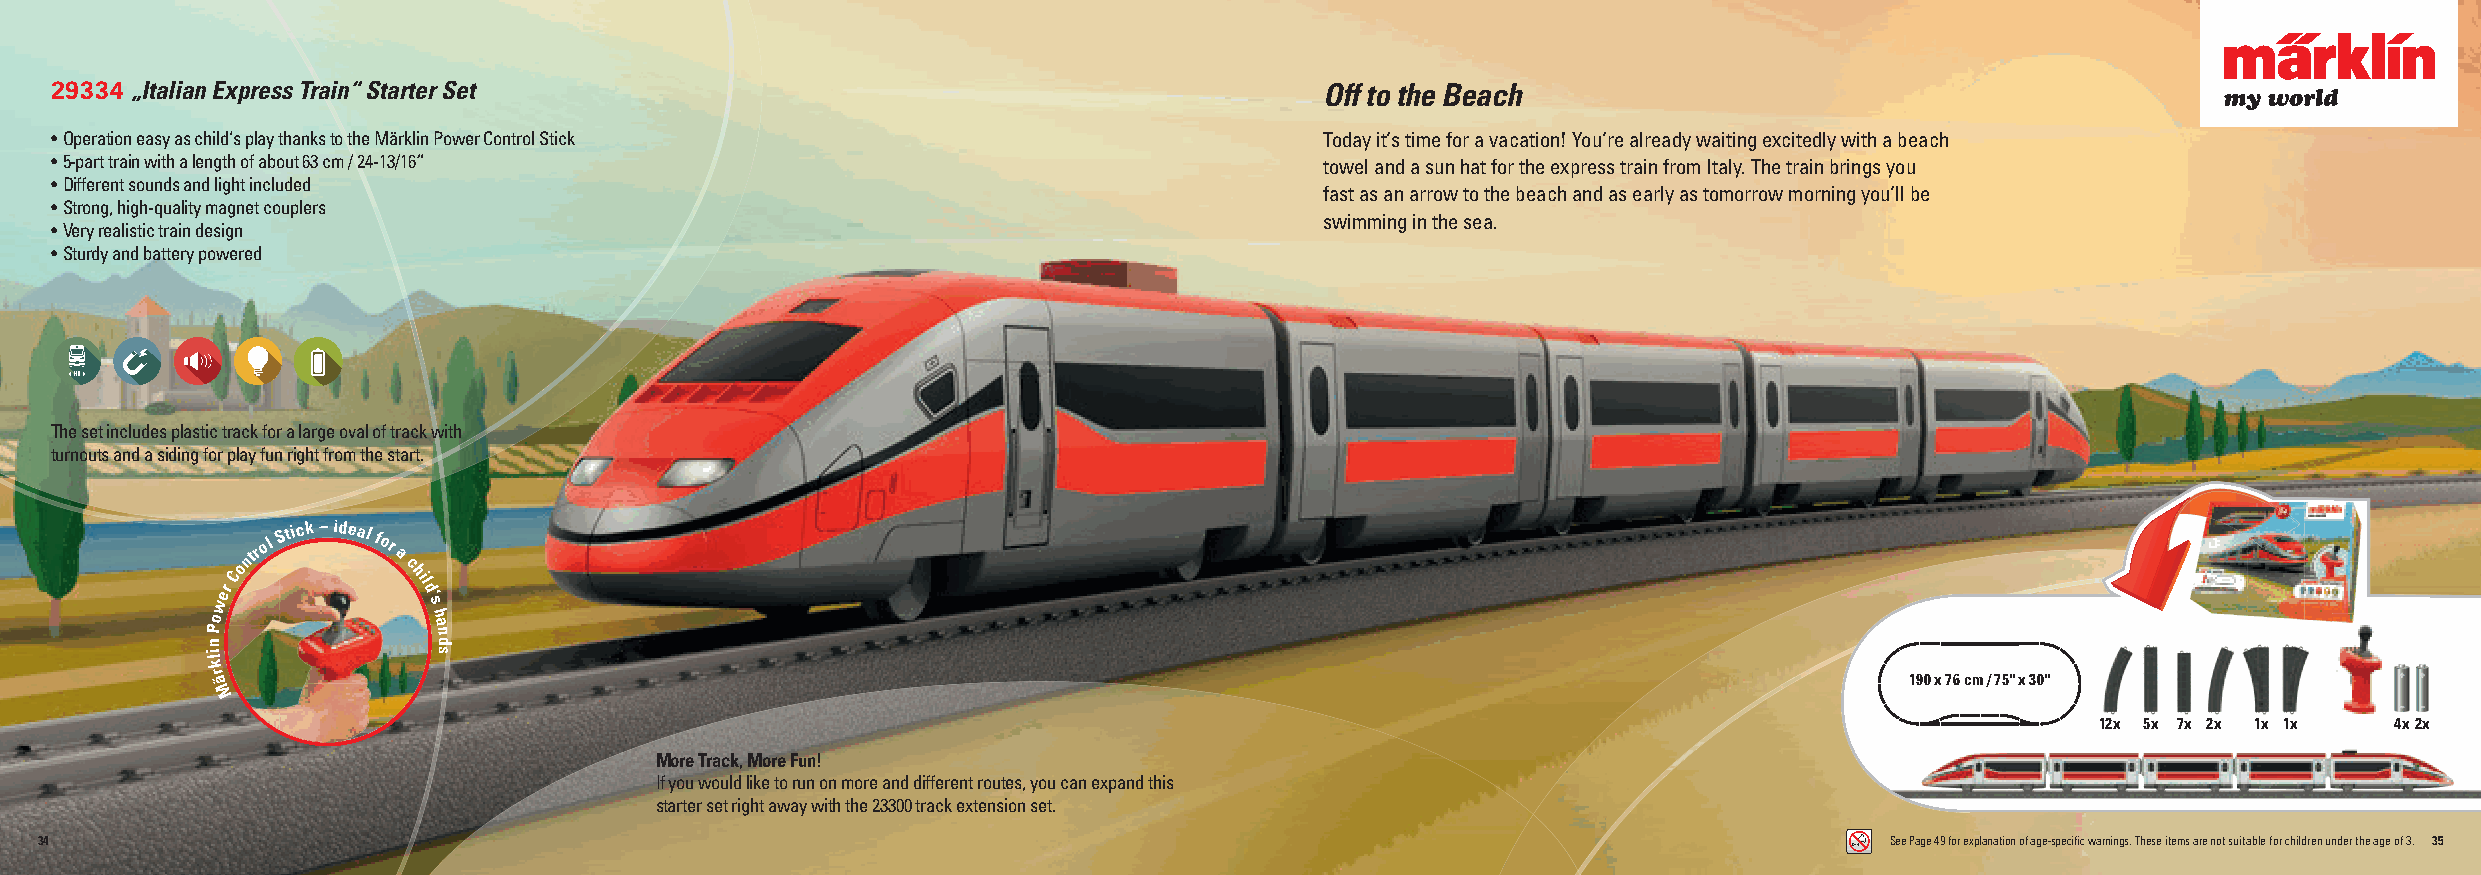
29334 „Italian Express Train“ Starter Set                                            Off to the Beach
 • Operation easy as child‘s play thanks to the Märklin Power Control Stick           Today it‘s time for a vacation! You‘re already waiting excitedly with a beach
 • 5-part train with a length of about 63 cm / 24-13/16“                              towel and a sun hat for the express train from Italy. The train brings you
 • Different sounds and light included
 fast as an arrow to the beach and as early as tomorrow morning you‘ll be
 • Strong, high-quality magnet couplers
 swimming in the sea.
 • Very realistic train design
 • Sturdy and battery powered
 The set includes plastic track for a large oval of track with
 turnouts and a siding for play fun right from the start.
 ntrol
 Stick –idealfor
 a
 o          c
 werC         hil
 d‘
 s
 o             h
 P              a n
 n              d
 il             s
 k
 r ä                                                                                                             190 x 76 cm / 75" x 30"
 M
 12x 5x 7x 2x 1x 1x 4x2x
 More Track, More Fun!
 If you would like to run on more and different routes, you can expand this
 starter set right away with the 23300 track extension set.
 34                                                                                                                        See Page 49 for explanation of age-specifi c warnings. These items are not suitable for children under the age of 3. 35